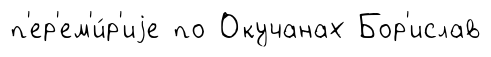
п'ер'ем'и́р'иjе по Окучанах Бор'ислав